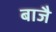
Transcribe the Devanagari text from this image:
बाजै